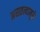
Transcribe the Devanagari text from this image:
असतत्यामुळे